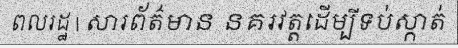
ពលរដ្ឋ | សារព័ត៌មាន នគរវត្តដើម្បីទប់ស្កាត់